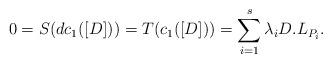
LaTeX: \begin{align*} 0 = S( d c_1( [ D ] ) ) = T( c_1( [D] ) ) = \sum_{i = 1}^s \lambda_i D . L_{ P_i }.\end{align*}